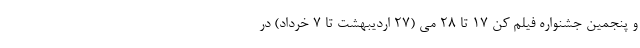
و پنجمین جشنواره فیلم کن ۱۷ تا ۲۸ می (۲۷ اردیبهشت تا ۷ خرداد) در